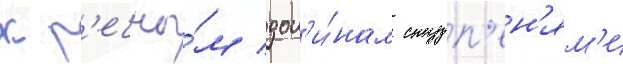
к р'ечны́м дол'и́нам ступ'ен'ям'и